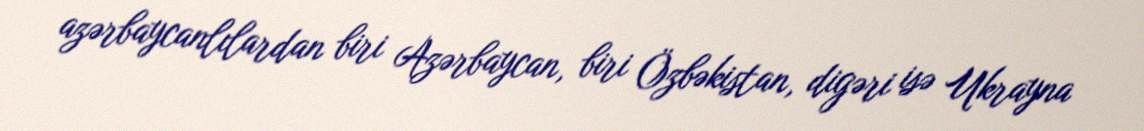
azərbaycanlılardan biri Azərbaycan, biri Özbəkistan, digəri isə Ukrayna